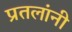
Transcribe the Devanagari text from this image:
प्रतलांनी